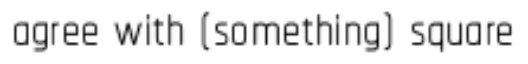
agree with (something) square